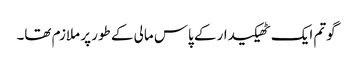
گوتم ایک ٹھیکیدار کے پاس مالی کے طور پر ملازم تھا۔